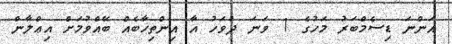
އަންނަ ޑިސެމްބަރު މަހުގެ 1 ވަނަ ދުވަހު އާ އިންތިޚާބެއް ބޭއްވުމަށް އިޢްލާން